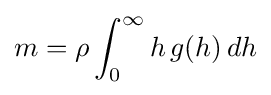
m=\rho \int _{0}^{\infty }h\,g(h)\,dh